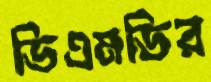
ডিএমডির